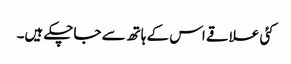
کئی علاقے اس کے ہاتھ سے جاچکے ہیں۔